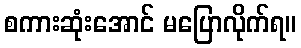
စကားဆုံးအောင် မပြောလိုက်ရ။